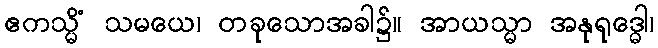
ဧကသ္မိံ သမယေ၊ တခုသောအခါ၌။ အာယသ္မာ အနုရုဒ္ဓေါ၊